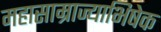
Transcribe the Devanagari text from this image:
महासाम्राज्याभिषेक